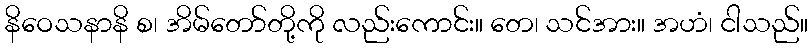
နိဝေသနာနိ စ၊ အိမ်တော်တို့ကို လည်းကောင်း။ တေ၊ သင်အား။ အဟံ၊ ငါသည်။